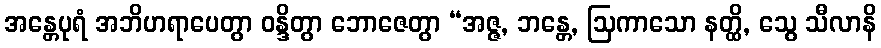
အန္တေပုရံ အဘိဟရာပေတွာ ဝန္ဒိတွာ ဘောဇေတွာ “အဇ္ဇ, ဘန္တေ, ဩကာသော နတ္ထိ, သွေ သီလာနိ